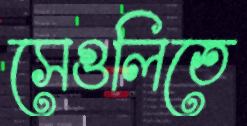
সেগুলিতে